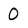
Character: 0